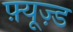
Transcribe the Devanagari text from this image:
फ़्यूज़्ड